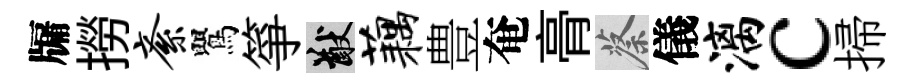
牖撈紊鸎箏猷藕豊奄𮌔蔡儀漓c掃